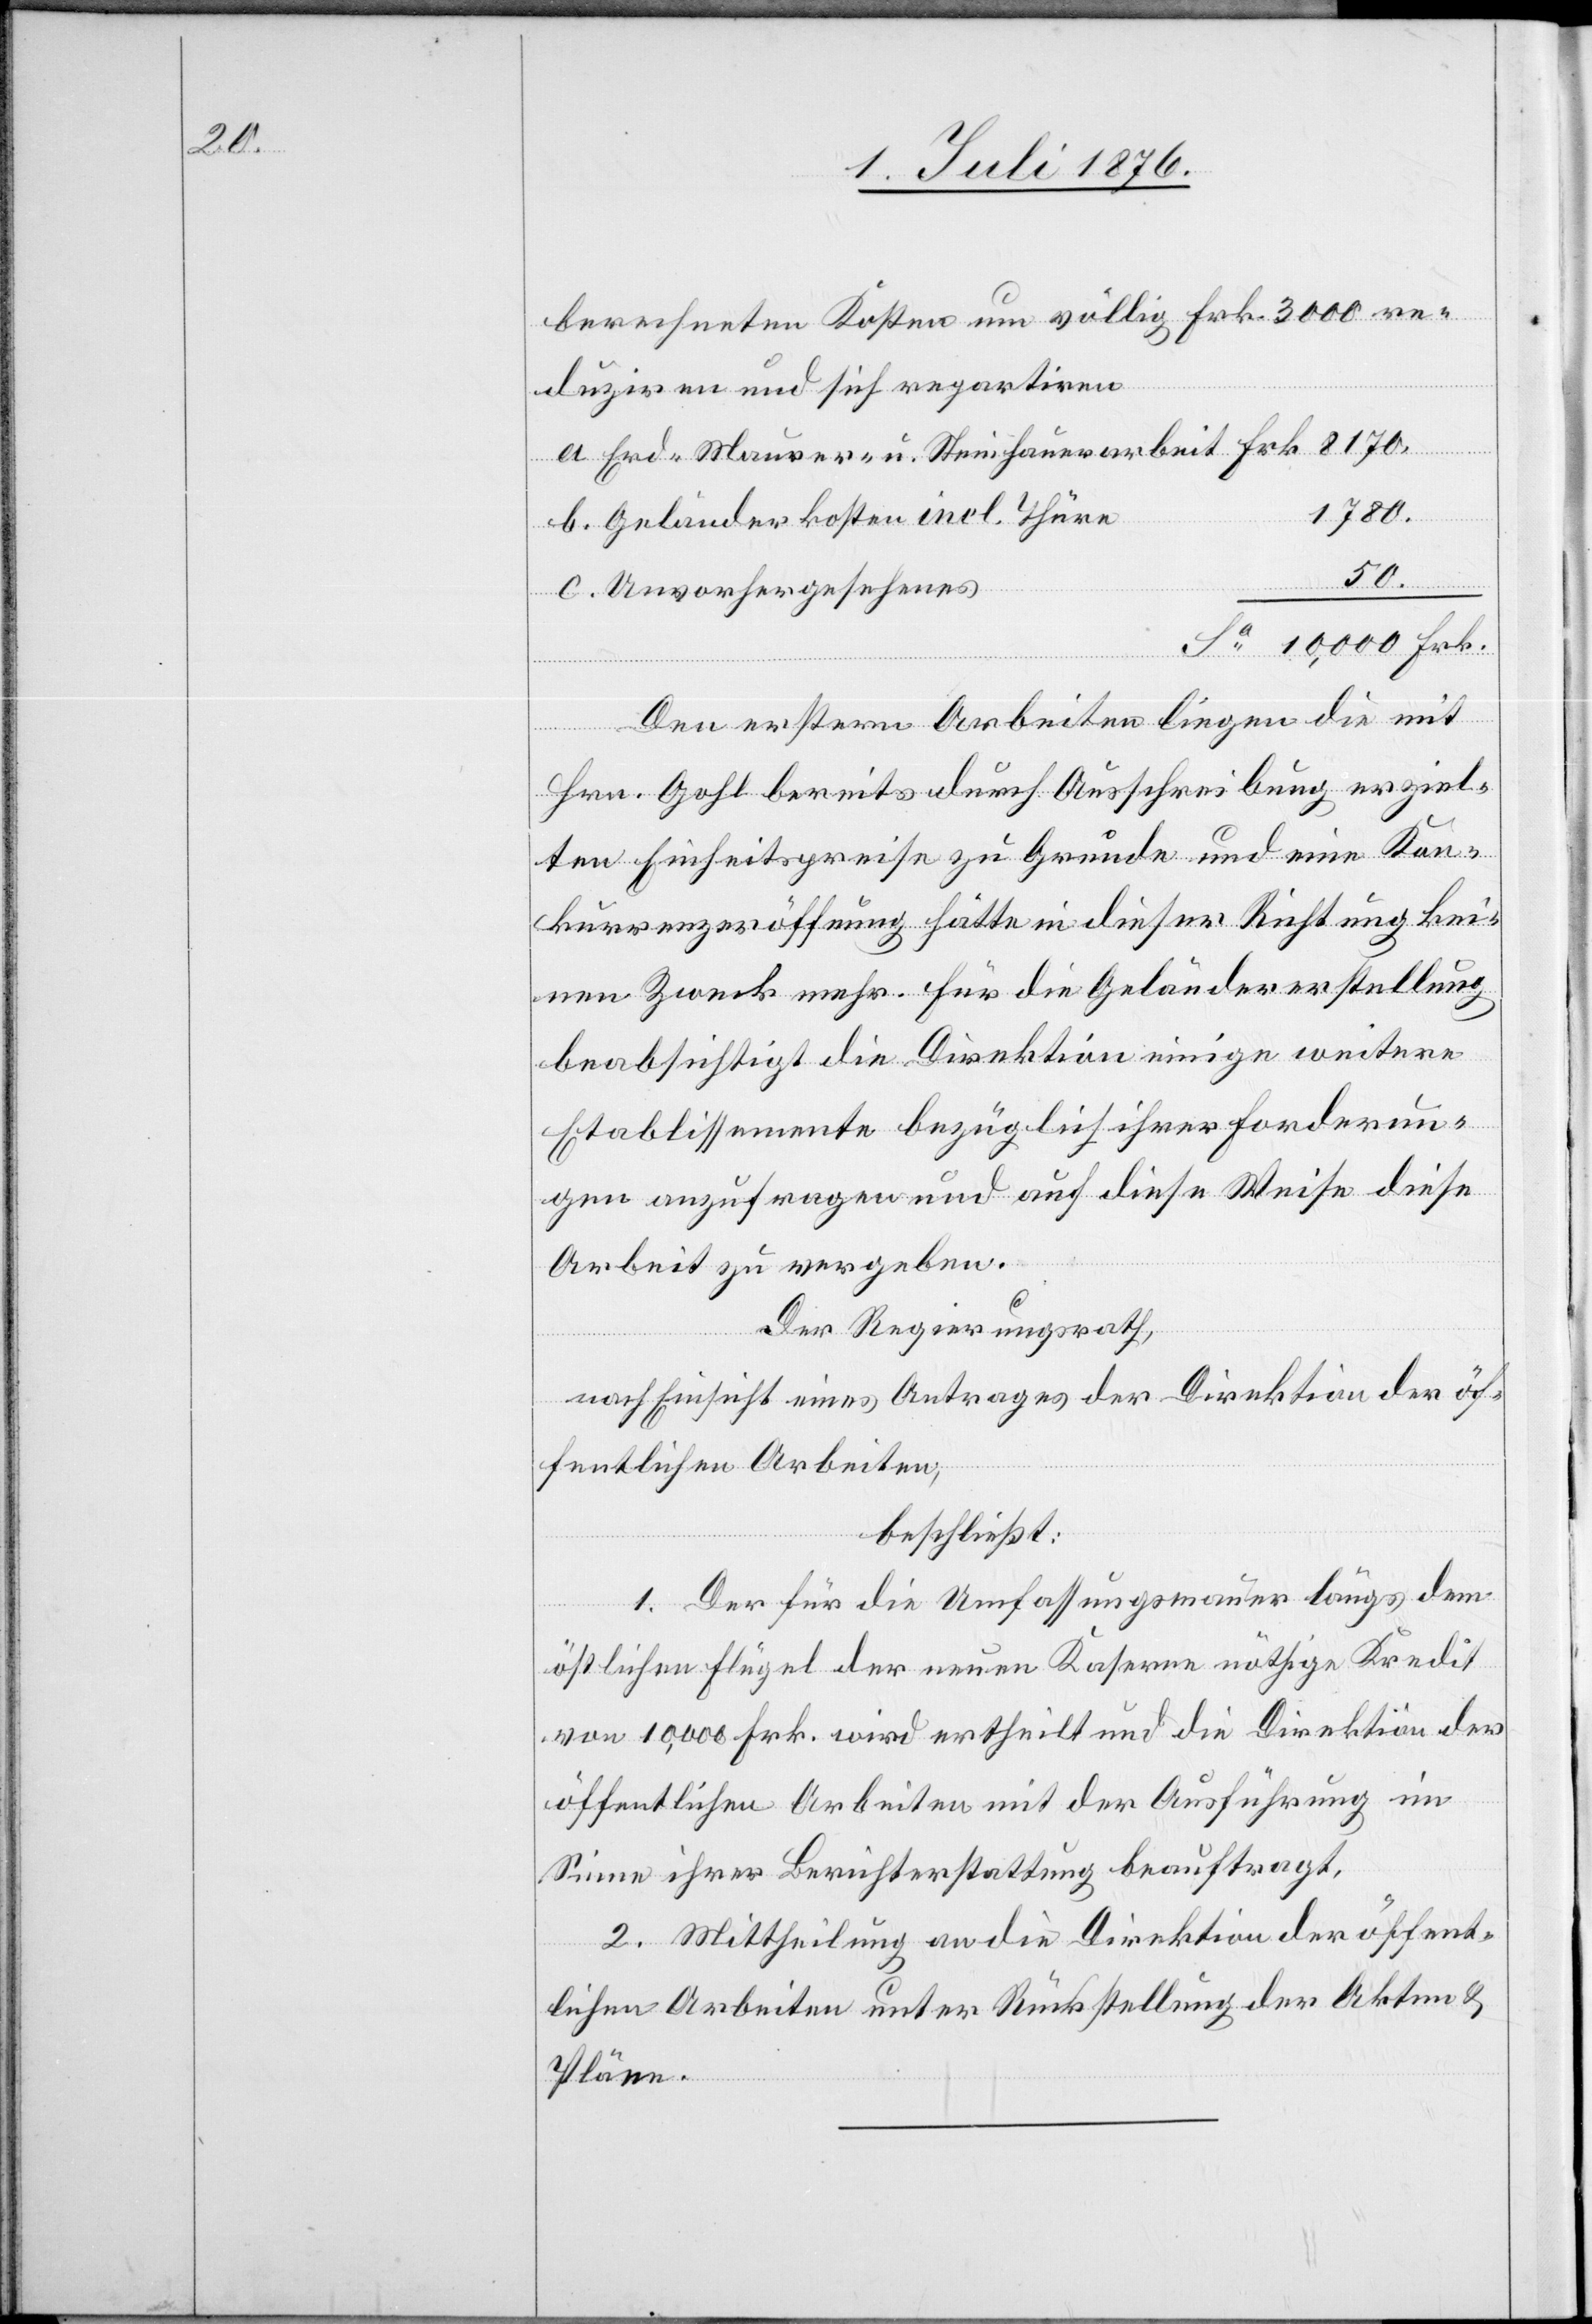
berechneten Kosten um völlig Frk. 300 re¬
duziren und sich repartiren
1780.
Geländerkosten incl. Thüre
50.
c.
Unvorhergesehenes
Den erstern Arbeiten liegen die mit
Hrn. Gohl bereits durch Ausschreibung erziel¬
ten Einheitspreise zu Grunde und eine Kon¬
kurrenzeröffnung hätte in dieser Richtung kei¬
nen Zweck mehr. Für die Geländererstellung
beabsichtigt die Direktion einige weitere
Etablissemente bezüglich ihrer Forderun¬
gen anzufragen und auf diese Weise diese
Arbeit zu vergeben.
Der Regierungsrath,
nach Einsicht eines Antrages der Direktion der öf¬
fentlichen Arbeiten,
beschließt:
1. Der für die Umfassungsmauer längs dem
östlichen Flügel der neuen Kaserne nöthige Kredit
von 10,000 Frk. wird ertheilt und die Direktion der
öffentlichen Arbeiten mit der Ausführung im
Sinne ihrer Berichterstattung beauftragt.
2. Mittheilung an die Direktion der öffent¬
lichen Arbeiten unter Rückstellung der Akten &
Pläne.